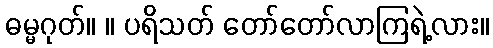
ဓမ္မဂုတ်။ ။ ပရိသတ် တော်တော်လာကြရဲ့လား။